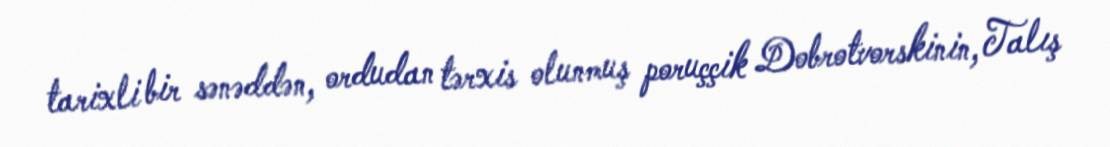
tarixli bir sənəddən, ordudan tərxis olunmuş poruççik Dobrotvorskinin, Talış